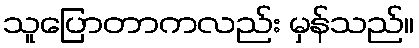
သူပြောတာကလည်း မှန်သည်။